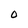
Character: O